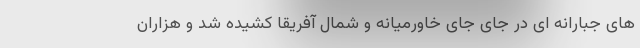
های جبارانه ای در جای جای خاورمیانه و شمال آفریقا کشیده شد و هزاران